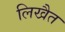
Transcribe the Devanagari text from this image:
लिखैत